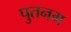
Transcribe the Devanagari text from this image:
पुतनम